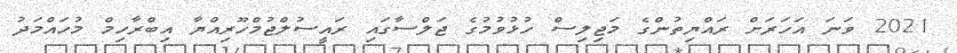
2021 ވަނަ އަހަރަށް ރައްޔިތުންގެ މަޖިލިސް ހުޅުވުމުގެ ޖަލްސާގައި ރައީސުލްޖުމްހޫރިއްޔާ އިބްރާހިމް މުހައްމަދު